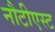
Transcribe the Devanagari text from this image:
नौटीएस्ट